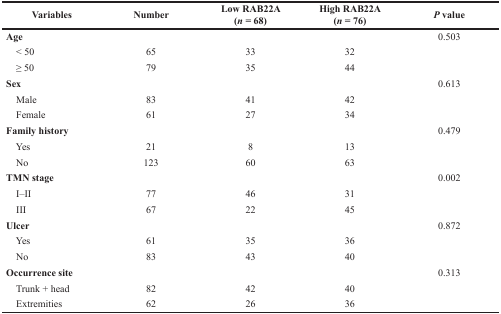
<table><thead><tr><td><b>Variables</b></td><td><b>Number</b></td><td><b>Low RAB22A (<i>n</i> = 68)</b></td><td><b>High RAB22A (<i>n</i> = 76)</b></td><td><b><i>P</i> value</b></td></tr></thead><tbody><tr><td><b>Age</b></td><td></td><td></td><td></td><td>0.503</td></tr><tr><td> &lt; 50</td><td>65</td><td>33</td><td>32</td><td></td></tr><tr><td> ≥ 50</td><td>79</td><td>35</td><td>44</td><td></td></tr><tr><td><b>Sex</b></td><td></td><td></td><td></td><td>0.613</td></tr><tr><td> Male</td><td>83</td><td>41</td><td>42</td><td></td></tr><tr><td> Female</td><td>61</td><td>27</td><td>34</td><td></td></tr><tr><td><b>Family history</b></td><td></td><td></td><td></td><td>0.479</td></tr><tr><td> Yes</td><td>21</td><td>8</td><td>13</td><td></td></tr><tr><td> No</td><td>123</td><td>60</td><td>63</td><td></td></tr><tr><td><b>TMN stage</b></td><td></td><td></td><td></td><td>0.002</td></tr><tr><td> I–II</td><td>77</td><td>46</td><td>31</td><td></td></tr><tr><td> III</td><td>67</td><td>22</td><td>45</td><td></td></tr><tr><td><b>Ulcer</b></td><td></td><td></td><td></td><td>0.872</td></tr><tr><td> Yes</td><td>61</td><td>35</td><td>36</td><td></td></tr><tr><td> No</td><td>83</td><td>43</td><td>40</td><td></td></tr><tr><td><b>Occurrence site</b></td><td></td><td></td><td></td><td>0.313</td></tr><tr><td> Trunk + head</td><td>82</td><td>42</td><td>40</td><td></td></tr><tr><td> Extremities</td><td>62</td><td>26</td><td>36</td><td></td></tr></tbody></table>